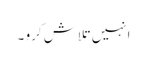
انہیں تلاش کرو ۔